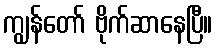
ကျွန်တော် ဗိုက်ဆာနေပြီ။